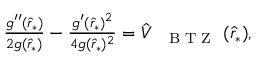
\begin{array} { r } { \frac { g ^ { \prime \prime } ( \hat { r } _ { * } ) } { 2 g ( \hat { r } _ { * } ) } - \frac { g ^ { \prime } ( \hat { r } _ { * } ) ^ { 2 } } { 4 g ( \hat { r } _ { * } ) ^ { 2 } } = \hat { V } _ { \mathrm { ~ { ~ \scriptsize ~ B ~ T ~ Z ~ } ~ } } ( \hat { r } _ { * } ) , } \end{array}